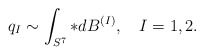
\begin{align*}q_I \sim \int_{S^{7}} * dB^{(I)}, \quad I = 1,2.\end{align*}